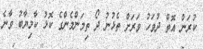
ކުރަން އޮތް ދުވަހު ވަރަށް ތެޅުނު ދޯ ތިމަންމެންގެ ކޮޅު ކާމިޔާބު ވާނެ